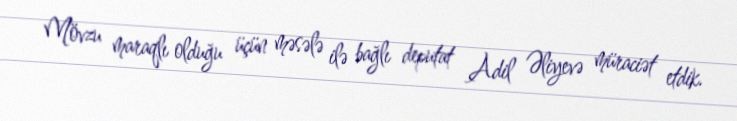
Mövzu maraqlı olduğu üçün məsələ ilə bağlı deputat Adil Əliyevə müraciət etdik.